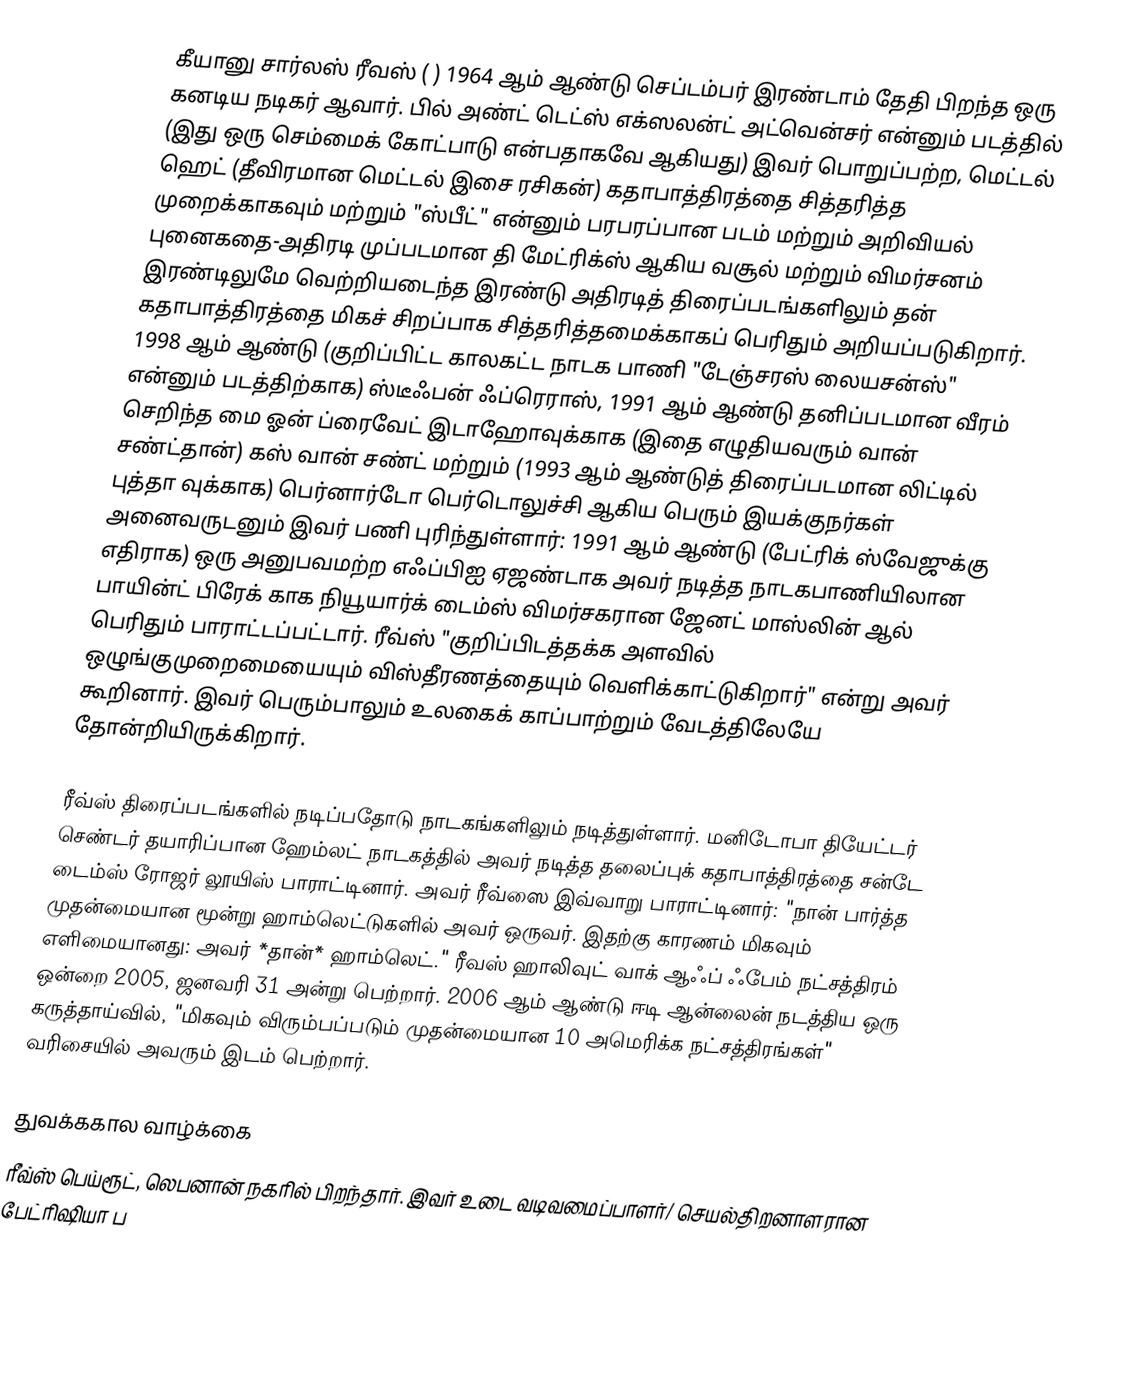
கீயானு சார்லஸ் ரீவஸ் ( ) 1964 ஆம் ஆண்டு செப்டம்பர் இரண்டாம் தேதி பிறந்த ஒரு கனடிய நடிகர் ஆவார். பில் அண்ட் டெட்ஸ் எக்ஸலன்ட் அட்வென்சர் என்னும் படத்தில் (இது ஒரு செம்மைக் கோட்பாடு என்பதாகவே ஆகியது) இவர் பொறுப்பற்ற, மெட்டல் ஹெட் (தீவிரமான மெட்டல் இசை ரசிகன்) கதாபாத்திரத்தை சித்தரித்த முறைக்காகவும் மற்றும் "ஸ்பீட்" என்னும் பரபரப்பான படம் மற்றும் அறிவியல் புனைகதை-அதிரடி முப்படமான தி மேட்ரிக்ஸ் ஆகிய வசூல் மற்றும் விமர்சனம் இரண்டிலுமே வெற்றியடைந்த இரண்டு அதிரடித் திரைப்படங்களிலும் தன் கதாபாத்திரத்தை மிகச் சிறப்பாக சித்தரித்தமைக்காகப் பெரிதும் அறியப்படுகிறார். 1998 ஆம் ஆண்டு (குறிப்பிட்ட காலகட்ட நாடக பாணி "டேஞ்சரஸ் லையசன்ஸ்" என்னும் படத்திற்காக) ஸ்டீஃபன் ஃப்ரெராஸ், 1991 ஆம் ஆண்டு தனிப்படமான வீரம் செறிந்த மை ஓன் ப்ரைவேட் இடாஹோவுக்காக (இதை எழுதியவரும் வான் சண்ட்தான்) கஸ் வான் சண்ட் மற்றும் (1993 ஆம் ஆண்டுத் திரைப்படமான லிட்டில் புத்தா வுக்காக) பெர்னார்டோ பெர்டொலுச்சி ஆகிய பெரும் இயக்குநர்கள் அனைவருடனும் இவர் பணி புரிந்துள்ளார்: 1991 ஆம் ஆண்டு (பேட்ரிக் ஸ்வேஜுக்கு எதிராக) ஒரு அனுபவமற்ற எஃப்பிஐ ஏஜண்டாக அவர் நடித்த நாடகபாணியிலான பாயின்ட் பிரேக் காக நியூயார்க் டைம்ஸ் விமர்சகரான ஜேனட் மாஸ்லின் ஆல் பெரிதும் பாராட்டப்பட்டார். ரீவ்ஸ் "குறிப்பிடத்தக்க அளவில் ஒழுங்குமுறைமையையும் விஸ்தீரணத்தையும் வெளிக்காட்டுகிறார்" என்று அவர் கூறினார். இவர் பெரும்பாலும் உலகைக் காப்பாற்றும் வேடத்திலேயே தோன்றியிருக்கிறார்.

ரீவ்ஸ் திரைப்படங்களில் நடிப்பதோடு நாடகங்களிலும் நடித்துள்ளார். மனிடோபா தியேட்டர் செண்டர் தயாரிப்பான ஹேம்லட் நாடகத்தில் அவர் நடித்த தலைப்புக் கதாபாத்திரத்தை சன்டே டைம்ஸ் ரோஜர் லூயிஸ் பாராட்டினார். அவர் ரீவ்ஸை இவ்வாறு பாராட்டினார்: "நான் பார்த்த முதன்மையான மூன்று ஹாம்லெட்டுகளில் அவர் ஒருவர். இதற்கு காரணம் மிகவும் எளிமையானது: அவர் *தான்* ஹாம்லெட்." ரீவஸ் ஹாலிவுட் வாக் ஆஃப் ஃபேம் நட்சத்திரம் ஒன்றை 2005, ஜனவரி 31 அன்று பெற்றார். 2006 ஆம் ஆண்டு ஈடி ஆன்லைன் நடத்திய ஒரு கருத்தாய்வில், "மிகவும் விரும்பப்படும் முதன்மையான 10 அமெரிக்க நட்சத்திரங்கள்" வரிசையில் அவரும் இடம் பெற்றார்.

துவக்ககால வாழ்க்கை
ரீவ்ஸ் பெய்ரூட், லெபனான் நகரில் பிறந்தார். இவர் உடை வடிவமைப்பாளர்/ செயல்திறனாளரான பேட்ரிஷியா ப